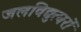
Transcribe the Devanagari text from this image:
जलविद्युत्घरों